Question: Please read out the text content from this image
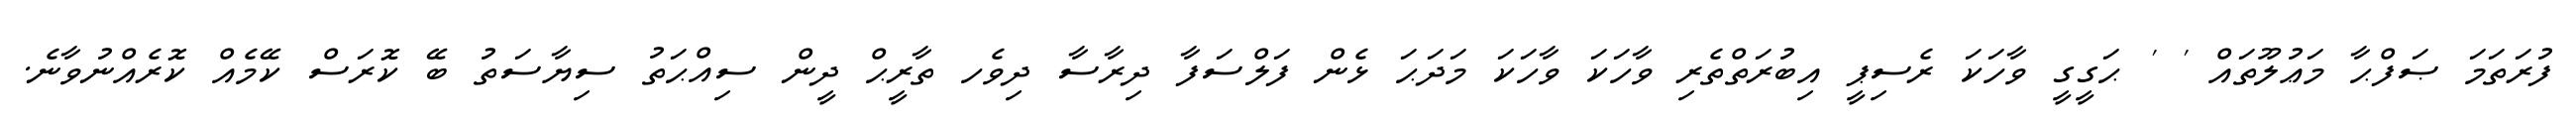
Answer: ފުރަތަމަ ޞަފްޙާ މަޢުލޫތައް ' ' ޙަގީގީ ވާހަކަ ރެސިޕީ އިބުރަތްތެރި ވާހަކަ ވާހަކަ މަދަޙަ ޅެން ފަލްސަފާ ދިރާސާ ދިވެހ ތާރީޙް ދީން ސިއްޙަތު ސިޔާސަތު ބޭ ކޮރަސް ކޭމެއް ކޮރެއްނުވާނެ.